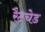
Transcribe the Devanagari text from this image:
रैटचेड